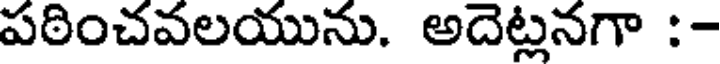
పఠించవలయును. అదెట్లనగా :-